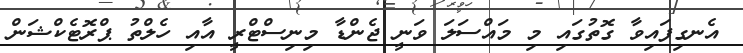
އެނގިފައިވާ ގޮތުގައި މި މައްސަލަ ވަނީ ޖެންޑާ މިނިސްޓްރީ އާއި ހެލްތު ޕްރޮޓެކްޝަން